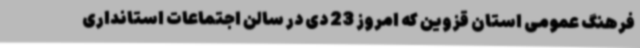
فرهنگ عمومی استان قزوین که امروز 23 دی در سالن اجتماعات استانداری